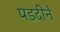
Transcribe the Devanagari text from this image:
पडदीने